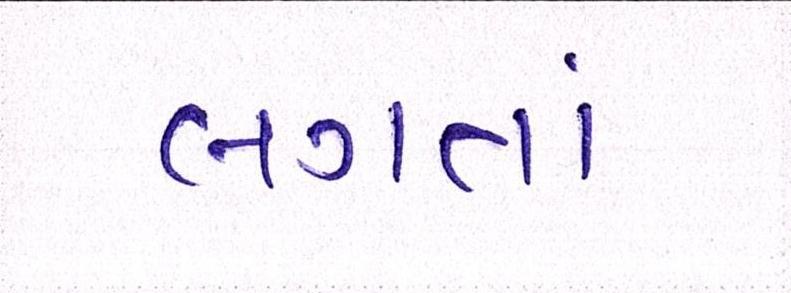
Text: લગતાં